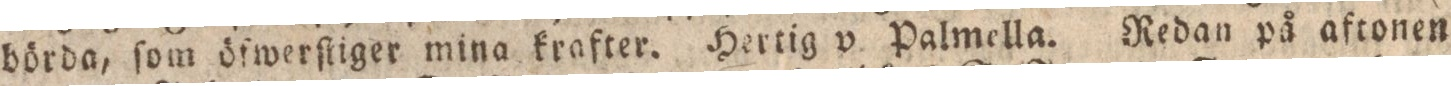
börda, ſom öfwerſtiger mina krafter. Hertig v. Palmella. Redan på afronen